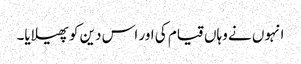
انہوں نے وہاں قیام کی اور اس دین کو پھیلایا۔